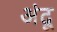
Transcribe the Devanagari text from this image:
अंदू